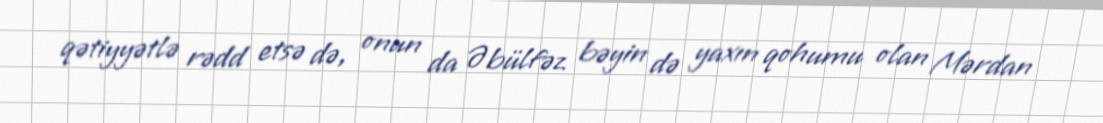
qətiyyətlə rədd etsə də, onun da Əbülfəz bəyin də yaxın qohumu olan Mərdan